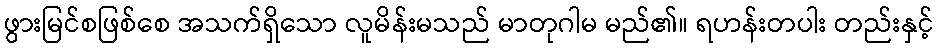
ဖွားမြင်စဖြစ်စေ အသက်ရှိသော လူမိန်းမသည် မာတုဂါမ မည်၏။ ရဟန်းတပါး တည်းနှင့်